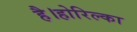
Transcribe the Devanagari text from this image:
है।होरिल्का